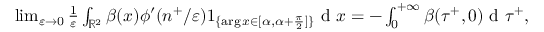
\begin{array} { r } { \operatorname* { l i m } _ { \varepsilon \to 0 } \frac { 1 } { \varepsilon } \int _ { \mathbb { R } ^ { 2 } } \beta ( x ) \phi ^ { \prime } ( n ^ { + } / \varepsilon ) 1 _ { \{ \arg x \in [ \alpha , \alpha + \frac { \pi } { 2 } ] \} } \textrm { d } x = - \int _ { 0 } ^ { + \infty } \beta ( \tau ^ { + } , 0 ) \textrm { d } \tau ^ { + } , } \end{array}